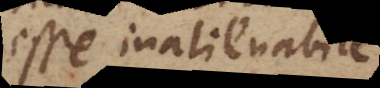
esse inalienabi